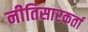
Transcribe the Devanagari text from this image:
नीतिसारकर्ता